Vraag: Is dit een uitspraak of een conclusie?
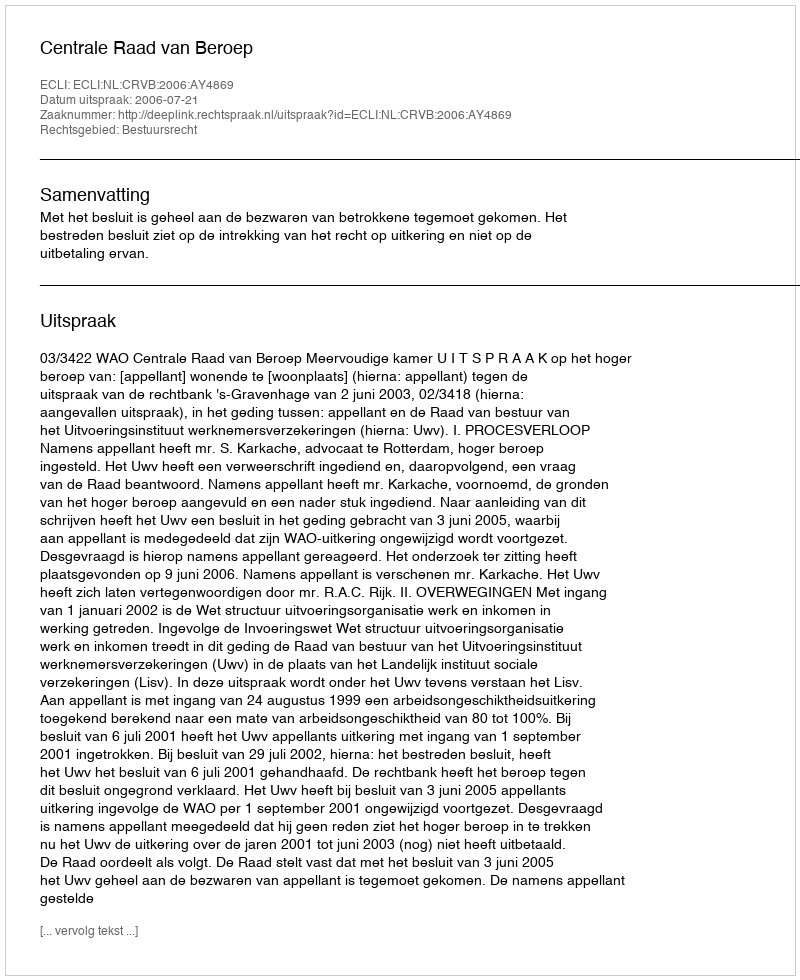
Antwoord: Uitspraak